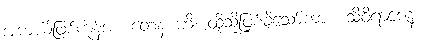
အကယ်ဖြစ်ကုန်အံ့။ တေန ဟိ၊ ထိုသို့ဖြစ်ခဲ့သော်ကား။ သိဝိရာဇေန၊